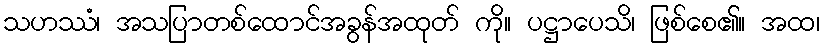
သဟဿံ၊ အသပြာတစ်ထောင်အခွန်အထုတ် ကို။ ပဋ္ဌာပေသိ၊ ဖြစ်စေ၏။ အထ၊